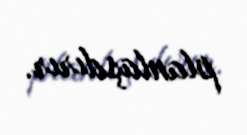
planlaşdırır.